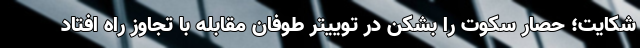
شکایت؛ حصار سکوت را بشکن در توییتر طوفان مقابله با تجاوز راه افتاد